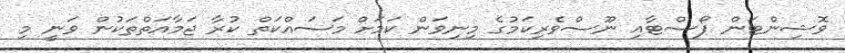
ވޮޝިންޓަން ޕޯސްޓާއި ނޫސްވެރިކަމުގެ މިނިވަން ކަމަށް މަސައްކަތް ކުރާ ޖަމާއަތްތަކުން ވަނީ މި